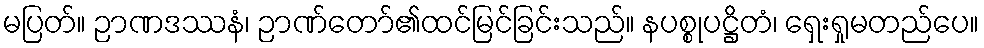
မပြတ်။ ဉာဏဒဿနံ၊ ဉာဏ်တော်၏ထင်မြင်ခြင်းသည်။ နပစ္စုပဋ္ဌိတံ၊ ရှေးရှုမတည်ပေ။